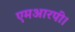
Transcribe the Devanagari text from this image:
एमआरपी।